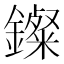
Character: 𨮏